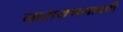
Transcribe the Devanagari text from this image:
नारायणगावची